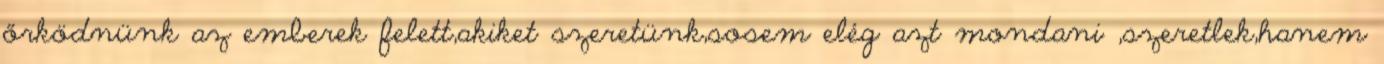
őrködnünk az emberek felett,akiket szeretünk,sosem elég azt mondani ,szeretlek,hanem